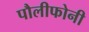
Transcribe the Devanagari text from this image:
पौलीफोनी